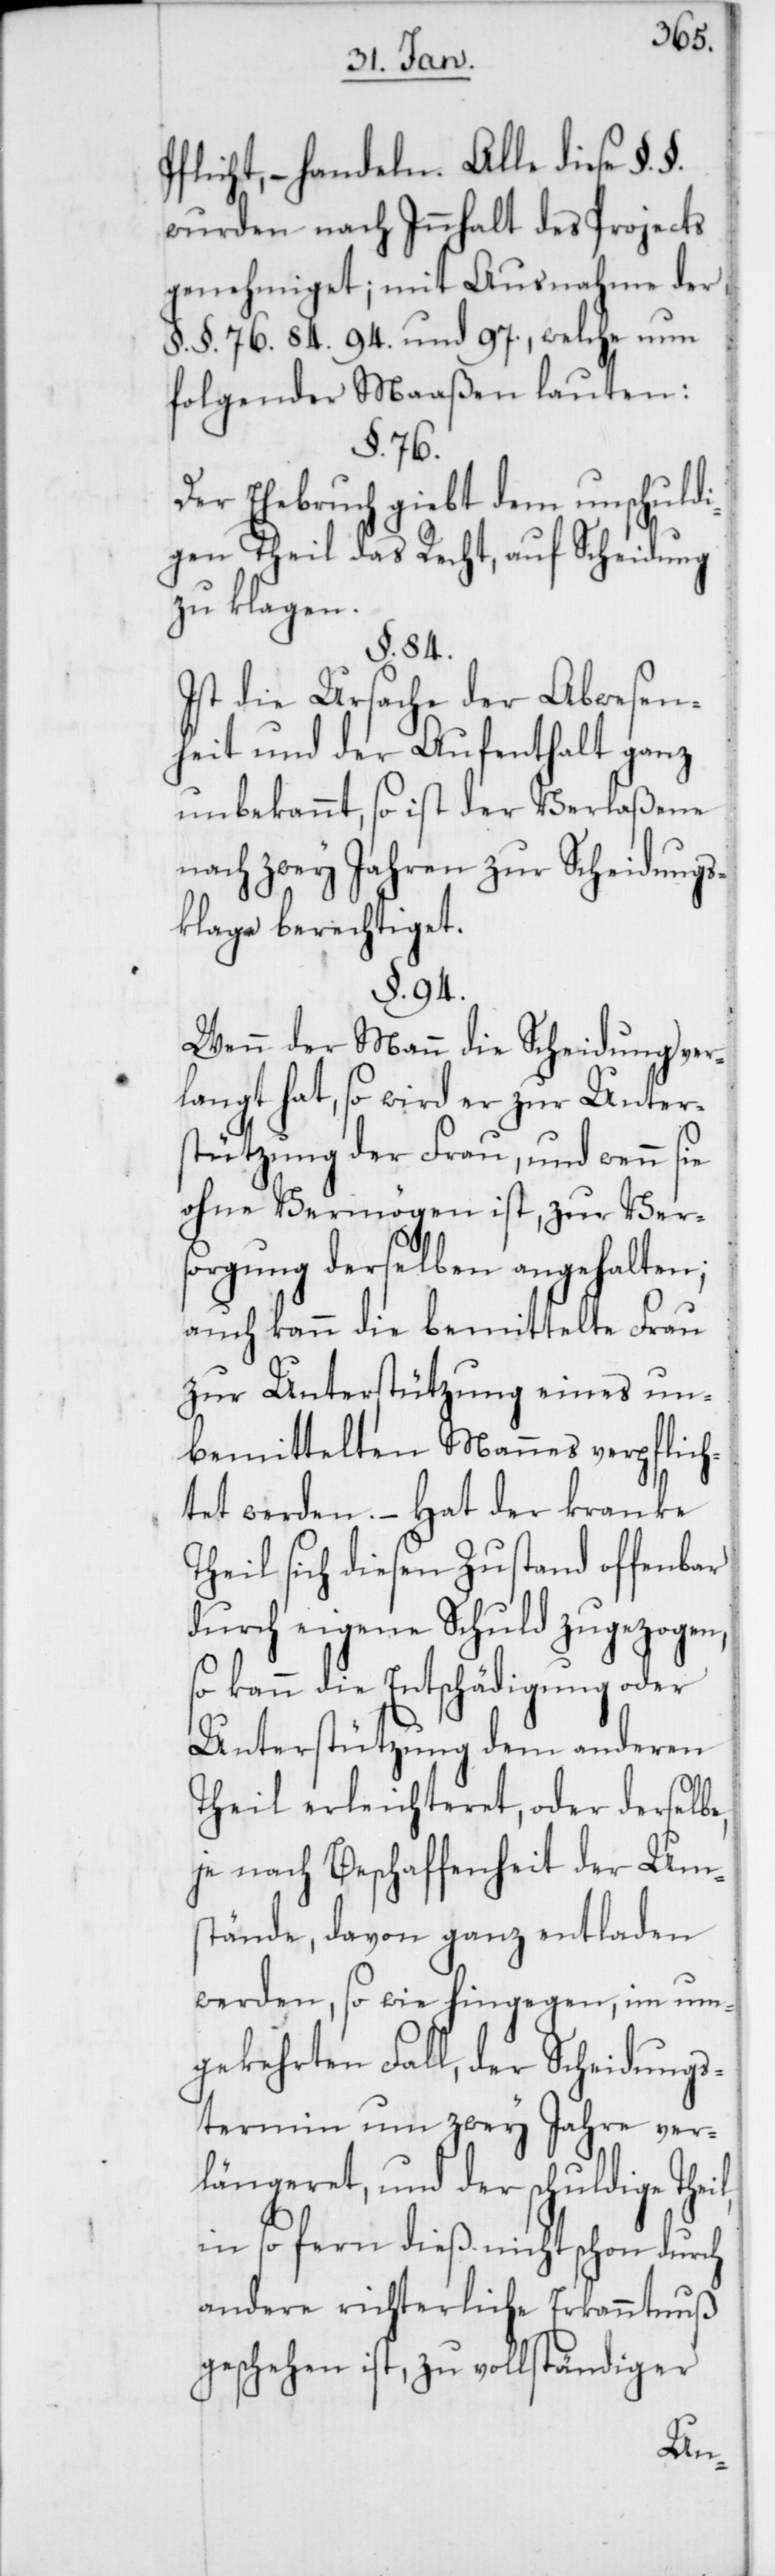
Pflicht; – handeln. Alle diese §.
wurden nach Innhalt des Projects
genehmiget; mit Ausnahme der
§. §. 76. 84. 94. und 97., welche nun
folgender Maaßen lauten:
§. 76.
Der Ehebruch gibt dem unschuldi¬
gen Theil das Recht, auf Scheidung
zu klagen.
§. 84.
Ist die Ursache der Abwesen¬
heit und der Aufenthalt ganz
unbekannt, so ist der Verlaßene
nach zwey Jahren zur Scheidungs¬
klage berechtiget.
§. 94.
Wenn der Mann die Scheidung ver¬
langt hat, so wird er zur Unter¬
stützung der Frau, und wenn sie
ohne Vermögen ist, zur Ver¬
sorgung derselben angehalten;
auch kann die bemittelte Frau
zur Unterstützung eines un¬
bemittelten Mannes verpflich¬
tet werden. – Hat der kranke
Theil sich diesen Zustand offenbar
durch eigene Schuld zugezogen,
so kann die Entschädigung oder
Unterstützung dem anderen
Theil erleichteret, oder derselbe,
je nach Beschaffenheit der Um¬
stände, davon ganz entladen
werden, so wie hingegen, im um¬
gekehrten Fall, der Scheidungs¬
termin um zwey Jahre ver¬
längeret, und der schuldige Theil,
insofern dieß nicht schon durch
andere richterliche Erkanntnuß
geschehen ist, zu vollständiger